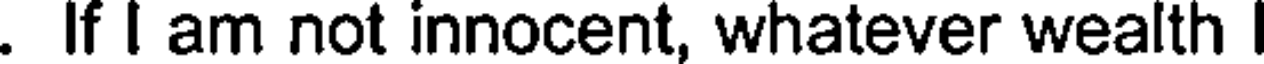
. If I am not innocent, whatever wealth